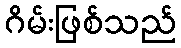
ဂိမ်းဖြစ်သည်